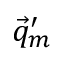
\vec { q } _ { m } ^ { \prime }